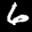
Label: 6